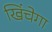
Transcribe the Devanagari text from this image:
खिंचेगा